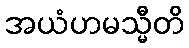
အယံဟမသ္မီတိ